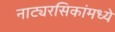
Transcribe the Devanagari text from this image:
नाट्यरसिकांमध्ये